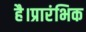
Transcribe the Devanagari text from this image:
है।प्रारंभिक